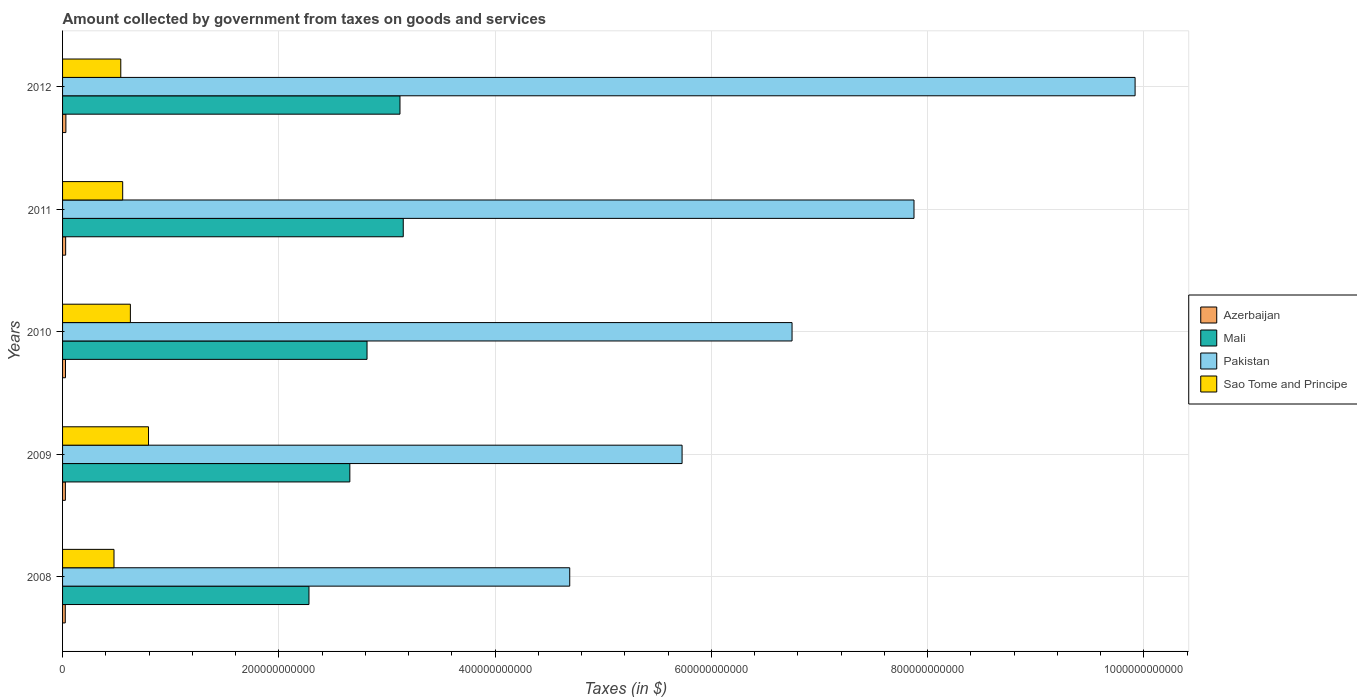
| Years | Azerbaijan | Mali | Pakistan | Sao Tome and Principe |
 | --- | --- | --- | --- | --- |
 | 2008 | 2.5e+09 | 2.28e+11 | 4.69e+11 | 4.76e+10 |
 | 2009 | 2.59e+09 | 2.66e+11 | 5.73e+11 | 7.95e+10 |
 | 2010 | 2.7e+09 | 2.82e+11 | 6.75e+11 | 6.27e+10 |
 | 2011 | 2.87e+09 | 3.15e+11 | 7.88e+11 | 5.56e+10 |
 | 2012 | 3.08e+09 | 3.12e+11 | 9.92e+11 | 5.38e+10 |